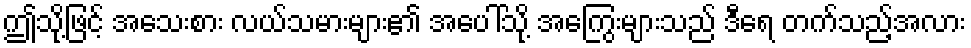
ဤသို့ဖြင့် အသေးစား လယ်သမားများ၏ အပေါ်သို့ အကြွေးများသည် ဒီရေ တက်သည့်အလား